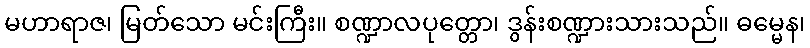
မဟာရာဇ၊ မြတ်သော မင်းကြီး။ စဏ္ဍာလပုတ္တော၊ ဒွန်းစဏ္ဍားသားသည်။ ဓမ္မေန၊